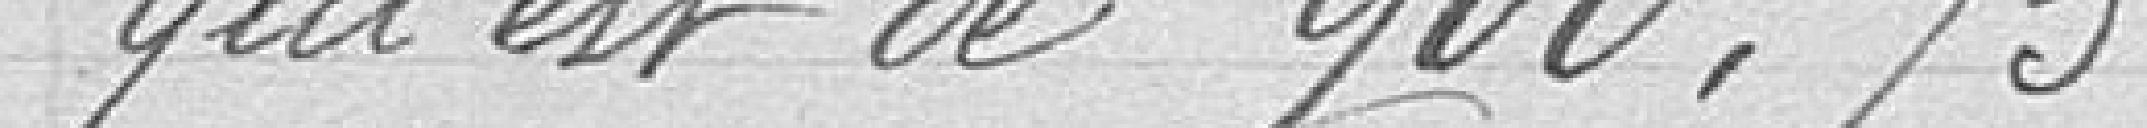
qui est de 900,75 m.